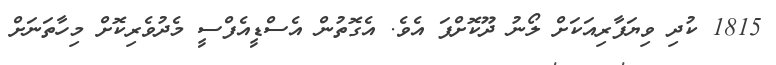
1815 ކުދި ވިޔަފާރިއަކަށް ލޯނު ދޫކޮށްފަ އެވެ. އެގޮތުން އެސްޑީއެފްސީ މެދުވެރިކޮށް މިހާތަނަށް